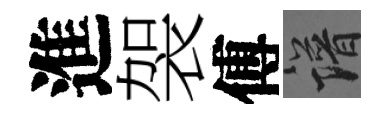
進袈傅譜